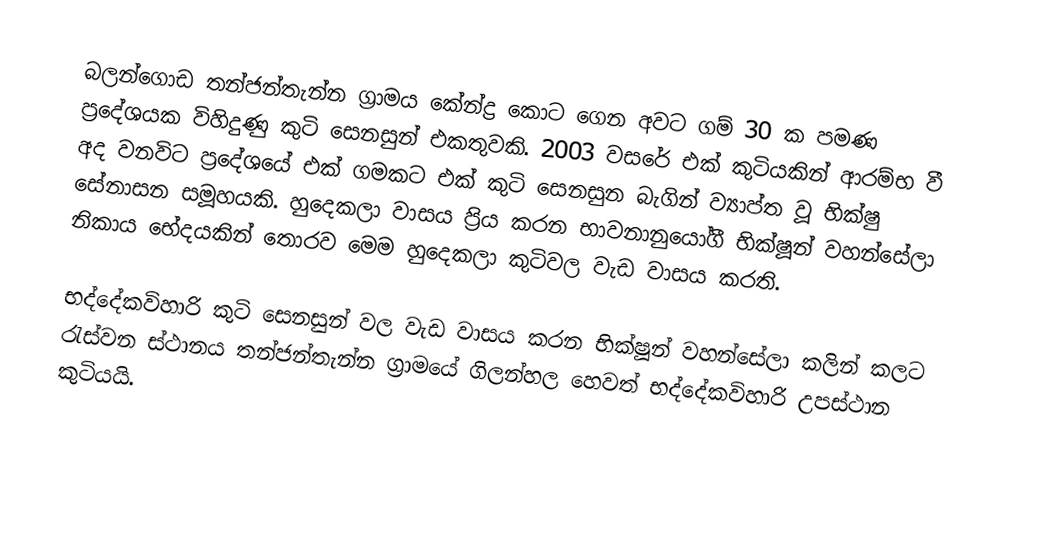
බලන්ගොඩ තන්ජන්තැන්න ග්‍රාමය කේන්ද්‍ර කොට ගෙන අවට ගම් 30 ක පමණ ප්‍රදේශයක විහිදුණු කුටි සෙනසුන් එකතුවකි. 2003 වසරේ එක් කුටියකින් ආරම්භ වී අද වනවිට ප්‍රදේශයේ එක් ගමකට එක් කුටි සෙනසුන බැගින් ව්‍යාප්ත වූ භික්ෂු සේනාසන සමූහයකි. හුදෙකලා වාසය ප්‍රිය කරන භාවනානුයෝගී භික්ෂූන් වහන්සේලා නිකාය භේදයකින් තොරව මෙම හුදෙකලා කුටිවල වැඩ වාසය කරති.

භද්දේකවිහාරි කුටි සෙනසුන් වල වැඩ වාසය කරන භික්ෂූන් වහන්සේලා කලින් කලට රැස්වන ස්ථානය තන්ජන්තැන්න ග්‍රාමයේ ගිලන්හල හෙවත් භද්දේකවිහාරි උපස්ථාන කුටියයි.